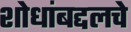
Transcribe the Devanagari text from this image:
शोधांबद्दलचे